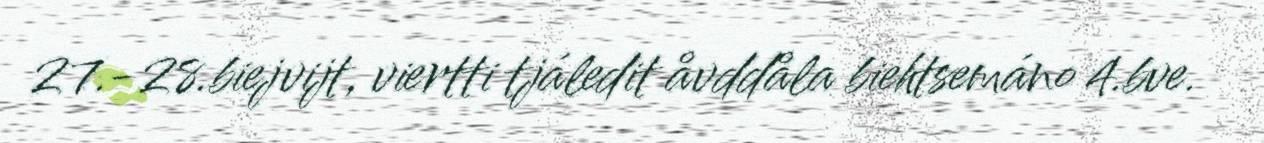
27.-28.biejvijt, viertti tjáledit åvddåla biehtsemáno 4.bve.